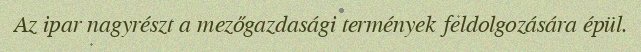
Az ipar nagyrészt a mezőgazdasági termények feldolgozására épül.